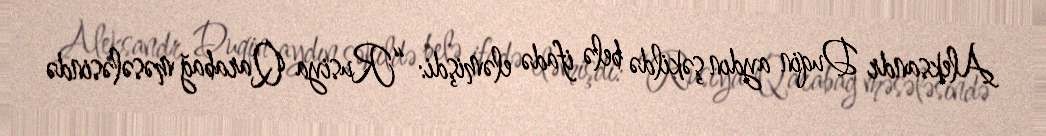
Aleksandr Duqin aydın şəkildə belə ifadə eləmişdi: “Rusiya Qarabağ məsələsində